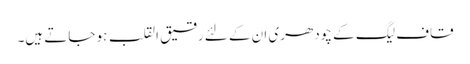
قاف لیگ کے چودھری ان کے لئے رقیق القلب ہو جاتے ہیں۔